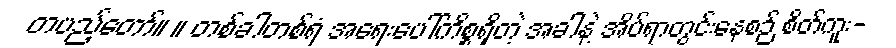
တပည့်တော်။ ။ တစ်ခါတစ်ရံ အရေးပေါ်ကိစ္စရှိတဲ့ အခါနဲ့ အိပ်ရာတွင်းနေစဉ် စိတ်ကူး-